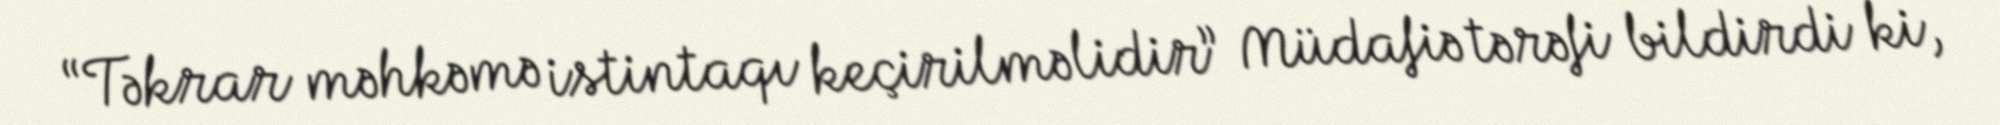
“Təkrar məhkəmə istintaqı keçirilməlidir” Müdafiə tərəfi bildirdi ki,